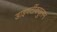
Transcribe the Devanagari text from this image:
डाइवर्टीक्युलम